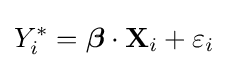
Y_{i}^{\ast }={\boldsymbol {\beta }}\cdot \mathbf {X} _{i}+\varepsilon _{i}